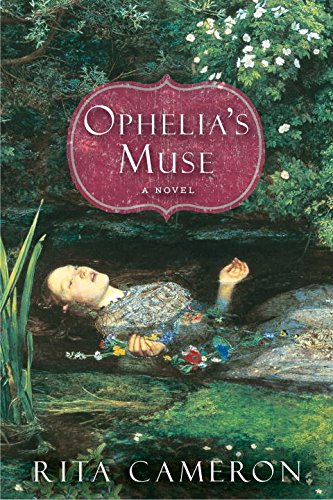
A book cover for Ophelia's Muse; Rita Cameron; Literature & Fiction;